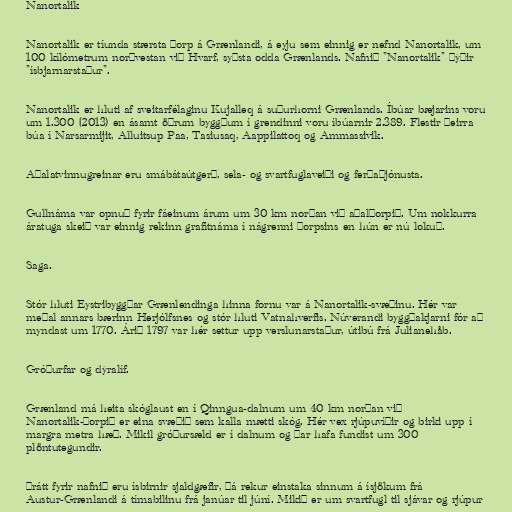
Nanortalik

Nanortalik er tíunda stærsta þorp á Grænlandi, á eyju sem einnig er nefnd Nanortalik, um
100 kílómetrum norðvestan við Hvarf, syðsta odda Grænlands. Nafnið "Nanortalik" þýðir
"ísbjarnarstaður".

Nanortalik er hluti af sveitarfélaginu Kujalleq á suðurhorni Grænlands. Íbúar bæjarins voru
um 1.300 (2013) en ásamt öðrum byggðum í grendinni voru íbúarnir 2.389. Flestir þeirra
búa í Narsarmijit, Alluitsup Paa, Tasiusaq, Aappilattoq og Ammassivik.

Aðalatvinnugreinar eru smábátaútgerð, sela- og svartfuglaveiði og ferðaþjónusta.

Gullnáma var opnuð fyrir fáeinum árum um 30 km norðan við aðalþorpið. Um nokkurra
áratuga skeið var einnig rekinn grafítnáma í nágrenni þorpsins en hún er nú lokuð.

Saga.

Stór hluti Eystribyggðar Grænlendinga hinna fornu var á Nanortalik-svæðinu. Hér var
meðal annars bærinn Herjólfsnes og stór hluti Vatnahverfis. Núverandi byggðakjarni fór að
myndast um 1770. Árið 1797 var hér settur upp verslunarstaður, útibú frá Julianehåb.

Gróðurfar og dýralíf.

Grænland má heita skóglaust en í Qinngua-dalnum um 40 km norðan við
Nanortalik-þorpið er eina svæðið sem kalla mætti skóg. Hér vex rjúpuvíðir og birki upp í
margra metra hæð. Mikil gróðursæld er í dalnum og þar hafa fundist um 300
plöntutegundir.

Þrátt fyrir nafnið eru ísbirnir sjaldgæfir, þá rekur einstaka sinnum á ísjökum frá
Austur-Grænlandi á tímabilinu frá janúar til júní. Mikið er um svartfugl til sjávar og rjúpur